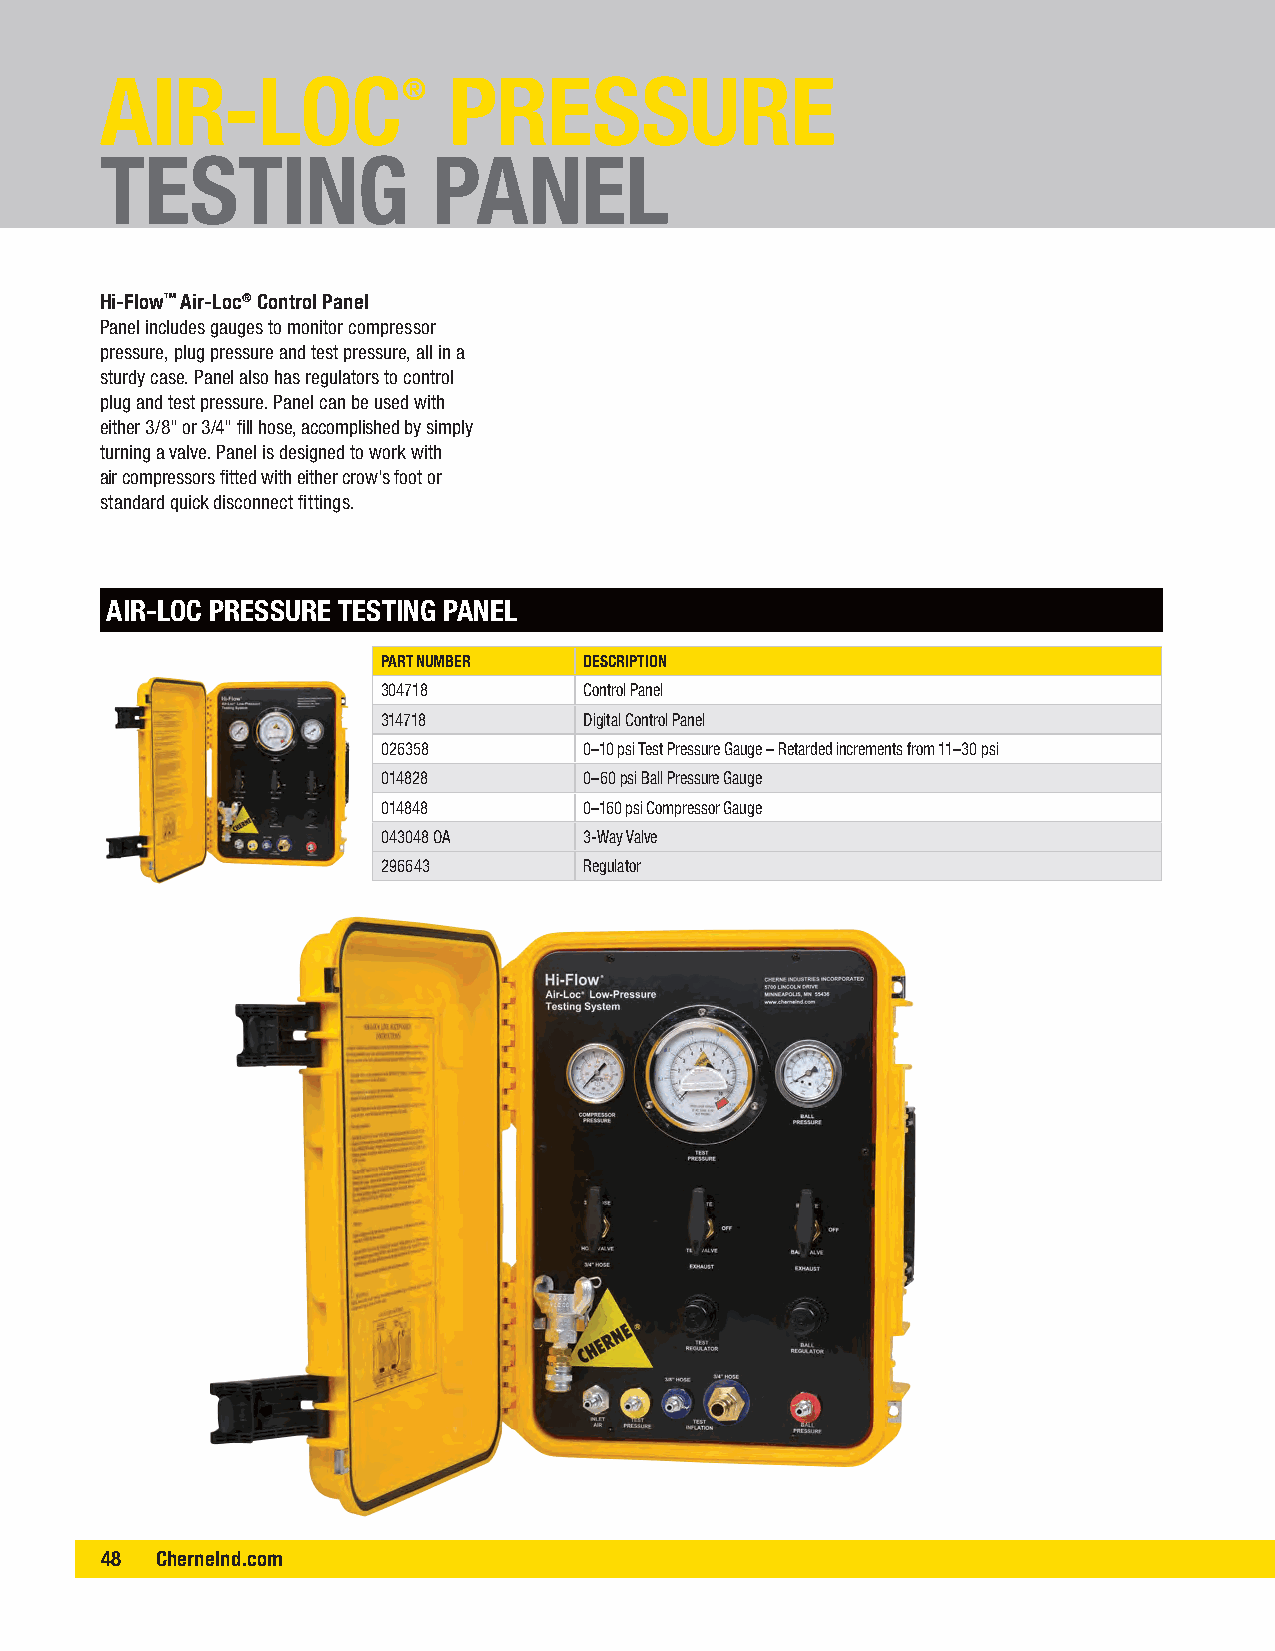
AIR-LOC®               PRESSURE
 TESTING               PANEL
 Hi-Flow™ Air-Loc® Control Panel
 Panel includes gauges to monitor compressor
 pressure, plug pressure and test pressure, all in a
 sturdy case. Panel also has regulators to control
 plug and test pressure. Panel can be used with
 either 3/8" or 3/4" fill hose, accomplished by simply
 turning a valve. Panel is designed to work with
 air compressors fitted with either crow's foot or
 standard quick disconnect fittings.
 AIR-LOC PRESSURE TESTING PANEL
 PART NUMBER   DESCRIPTION
 304718        Control Panel
 314718        Digital Control Panel
 026358        0–10 psi Test Pressure Gauge – Retarded increments from 11–30 psi
 014828        0–60 psi Ball Pressure Gauge
 014848        0–160 psi Compressor Gauge
 043048 OA     3-Way Valve
 296643        Regulator
 48 CherneInd.c om